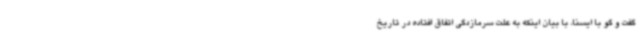
گفت و گو با ایسنا، با بیان اینکه به علت سرمازدگی اتفاق افتاده در تاریخ